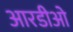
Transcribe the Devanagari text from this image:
आरडीओ